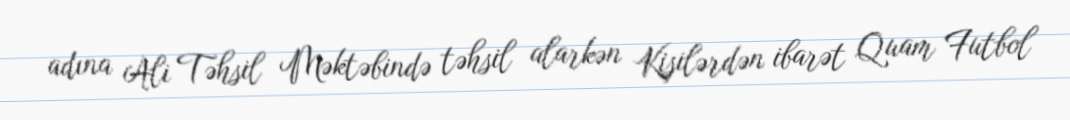
adına Ali Təhsil Məktəbində təhsil alarkən Kişilərdən ibarət Quam Futbol